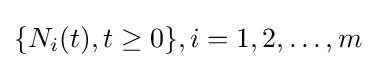
\{N_{i}(t),t\geq 0\},i=1,2,\ldots ,m